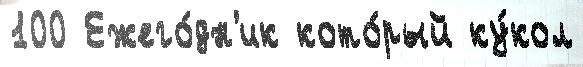
100 Ежего́дн'ик кото́рый ку́кол